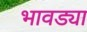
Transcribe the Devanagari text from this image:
भावड्या